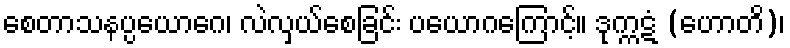
စေတာသနပ္ပယောဂေ၊ လဲလှယ်စေခြင်း ပယောဂကြောင့်။ ဒုက္ကဋံ (ဟောတိ)၊